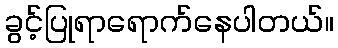
ခွင့်ပြုရာရောက်နေပါတယ်။